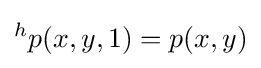
^{h}p(x,y,1)=p(x,y)